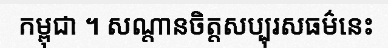
កម្ពុជា ។ សណ្តានចិត្តសប្បុរសធម៌នេះ